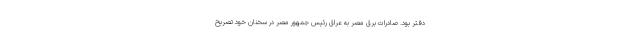
دفتر بود. صادرات برق مصر به عراق رئیس جمهور مصر در سخنان خود تصریح